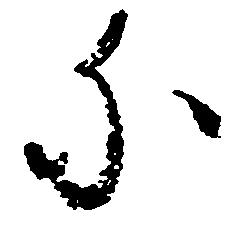
に